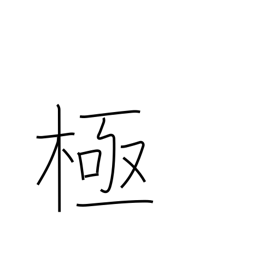
Meaning: 10**48